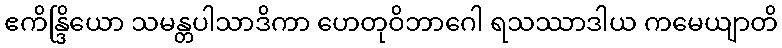
ဧကိန္ဒြိယော သမန္တပါသာဒိကာ ဟေတုဝိဘာဂေါ ရသဿာဒါယ ကမေယျာတိ